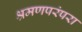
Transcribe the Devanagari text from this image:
श्रमणपरंपरा